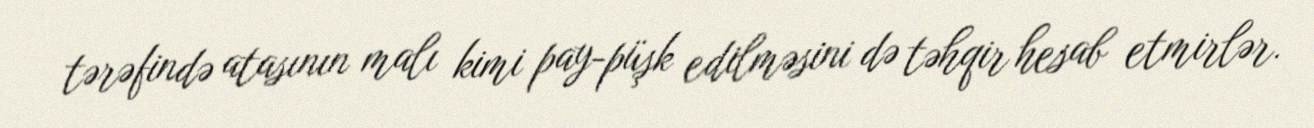
tərəfində atasının malı kimi pay-püşk edilməsini də təhqir hesab etmirlər.